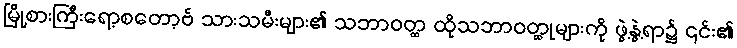
မြို့စားကြီးရော့စတော့ဗ် သားသမီးများ၏ သဘာဝတ္ထ ထိုသဘာဝတ္ထုများကို ဖွဲ့နွဲ့ရာ၌ ၎င်း၏